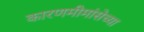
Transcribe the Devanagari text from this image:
कारणमीमांसेच्या